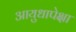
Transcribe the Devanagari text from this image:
आयुधापेक्षा